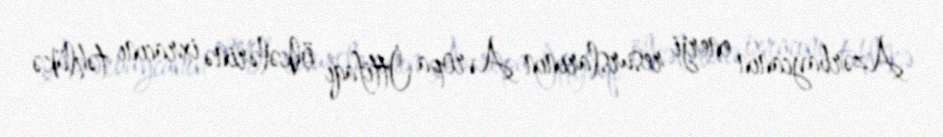
Azərbaycanın enerji resurslarının Avropa İttifaqı ölkələrinə ixracını təhlükə